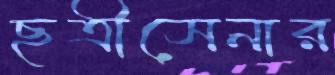
ছত্রীসেনার